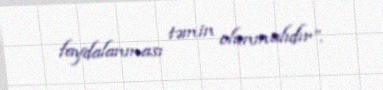
faydalanması təmin olunmalıdır”.